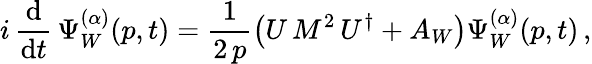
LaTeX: i\, \frac{\mathrm{d}}{\mathrm{d}t}\, \Psi_{W}^{(\alpha)}(p,t)=\frac{1}{2\, p}\left(U\, M^{2}\, U^{\dagger}+A_{W}\right)\Psi_{W}^{(\alpha)}(p,t)\, ,